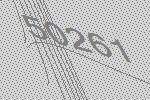
50261